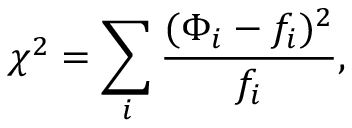
\chi ^ { 2 } = \sum _ { i } \frac { ( \Phi _ { i } - f _ { i } ) ^ { 2 } } { f _ { i } } ,